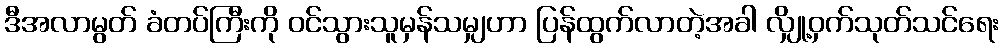
ဒီအလာမွတ် ခံတပ်ကြီးကို ဝင်သွားသူမှန်သမျှဟာ ပြန်ထွက်လာတဲ့အခါ လျှို့ဝှက်သုတ်သင်ရေး